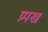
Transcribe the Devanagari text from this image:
प्र्पख